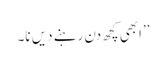
’’ابھی کچھ دن رہنے دیں نا۔